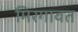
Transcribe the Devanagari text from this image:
मिरगावत